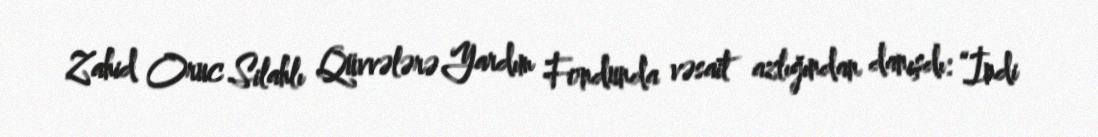
Zahid Oruc Silahlı Qüvvələrə Yardım Fondunda vəsait azlığından danışdı: “İndi